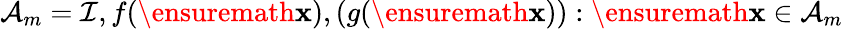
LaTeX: \mathcal{A}_{m}=\mathcal{I},f(\ensuremath{\mathbf{x}}),(g(\ensuremath{\mathbf{x}})):\ensuremath{\mathbf{x}}\in\mathcal{A}_{m}